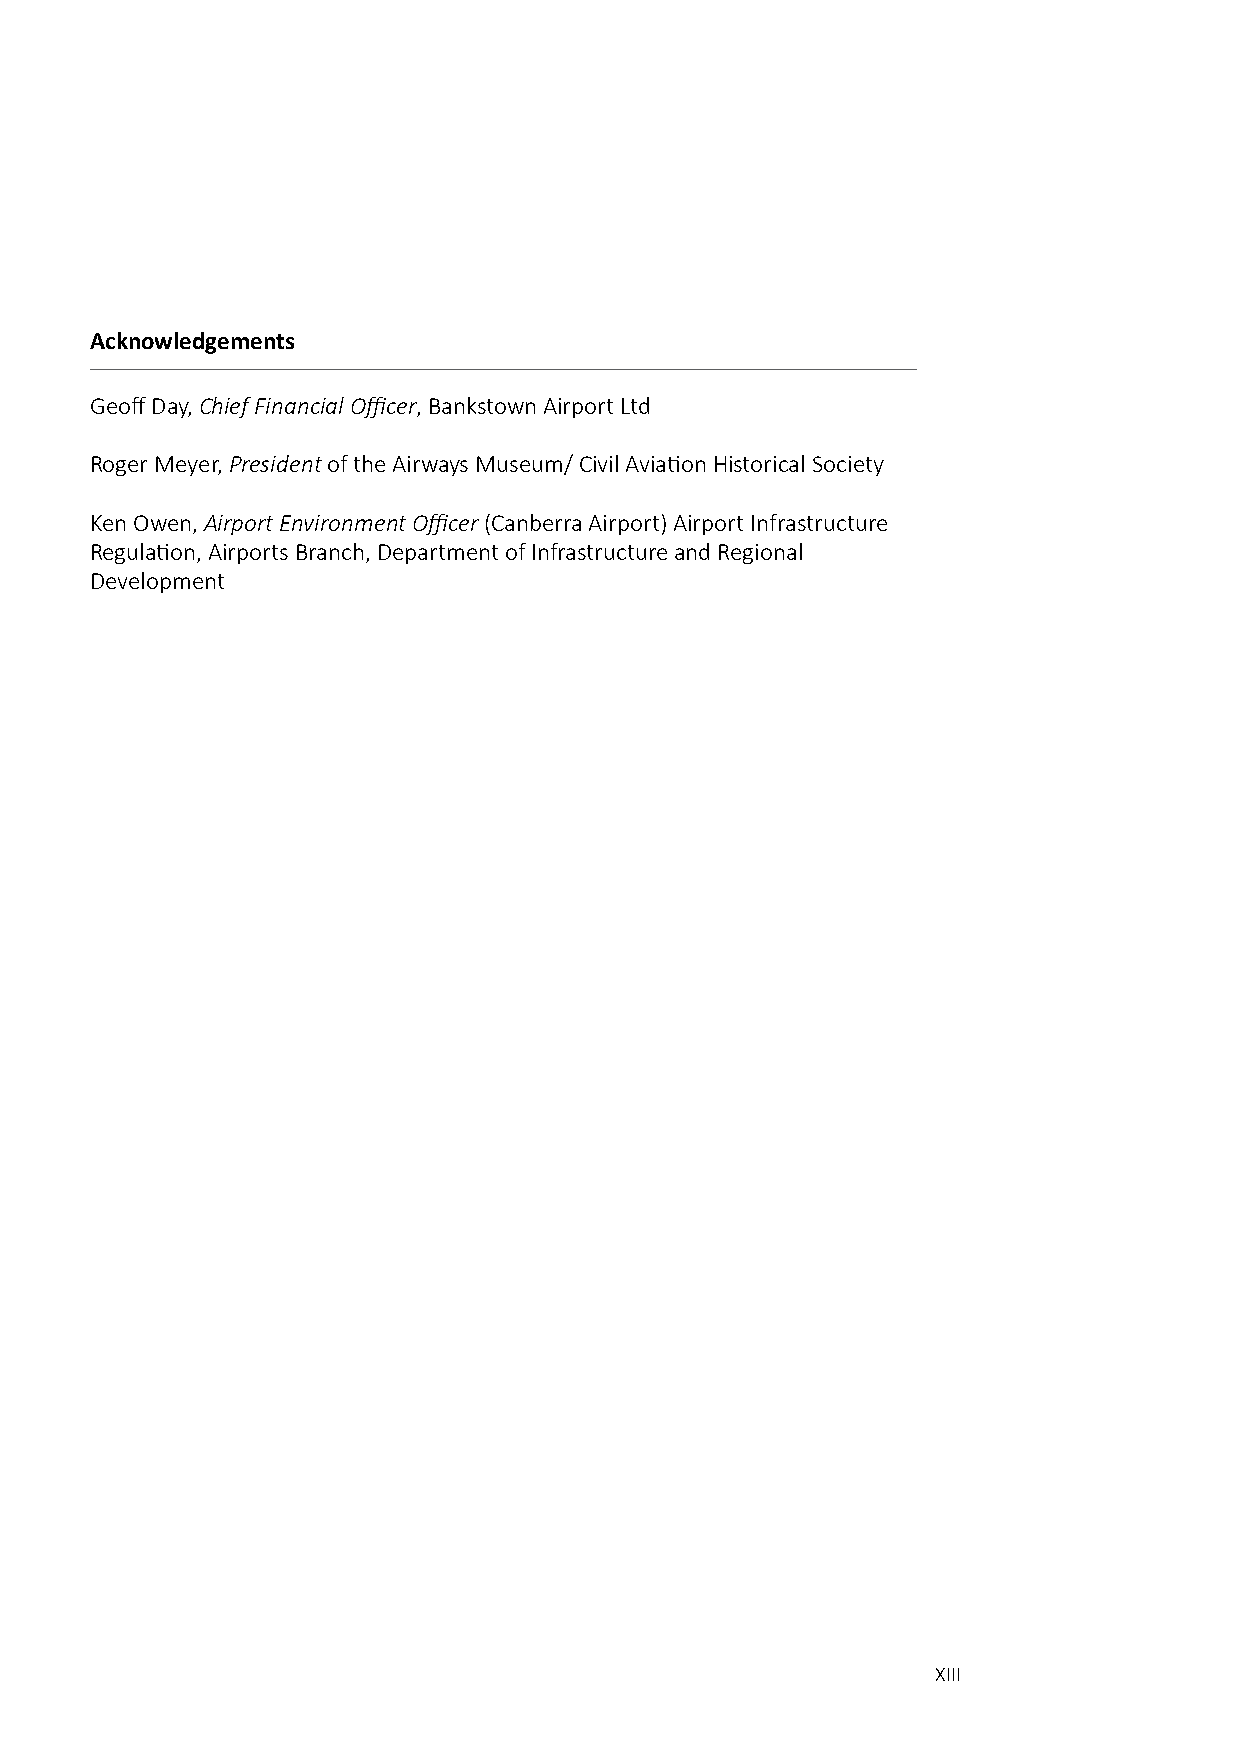
Acknowledgements
 Geoff Day, Chief Financial Officer, Bankstown Airport Ltd
 Roger Meyer, President of the Airways Museum/ Civil Aviation Historical Society
 Ken Owen, Airport Environment Officer (Canberra Airport) Airport Infrastructure
 Regulation, Airports Branch, Department of Infrastructure and Regional
 Development
 XIII